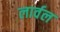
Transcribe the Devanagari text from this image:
लार्वल